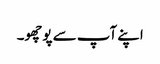
اپنے آپ سے پوچھو۔